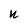
Character: k